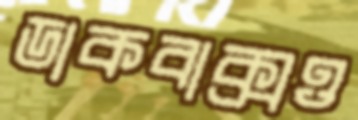
ডাকবাক্সও